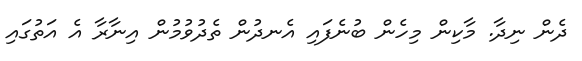
ދެން ނިދާ. މާކިން މިހެން ބުނެފައި އެނދުން ތެދުވުމުން އިނާރާ އެ އަތުގައި